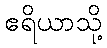
ဧရိယာသို့